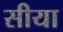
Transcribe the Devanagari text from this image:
सीया